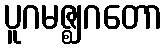
ပူဂမဇ္ဈဂတော